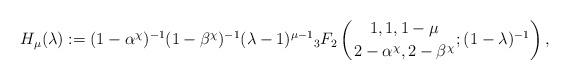
LaTeX: \begin{align*}H_\mu(\lambda):=(1-\alpha^\chi)^{-1}(1-\beta^\chi)^{-1}(\lambda-1)^{\mu-1}{}_3F_2\left({1,1,1-\mu\atop 2-\alpha^\chi,2-\beta^\chi};(1-\lambda)^{-1}\right),\end{align*}